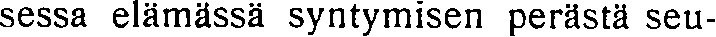
sessa elämässä syntymisen perästä seu-